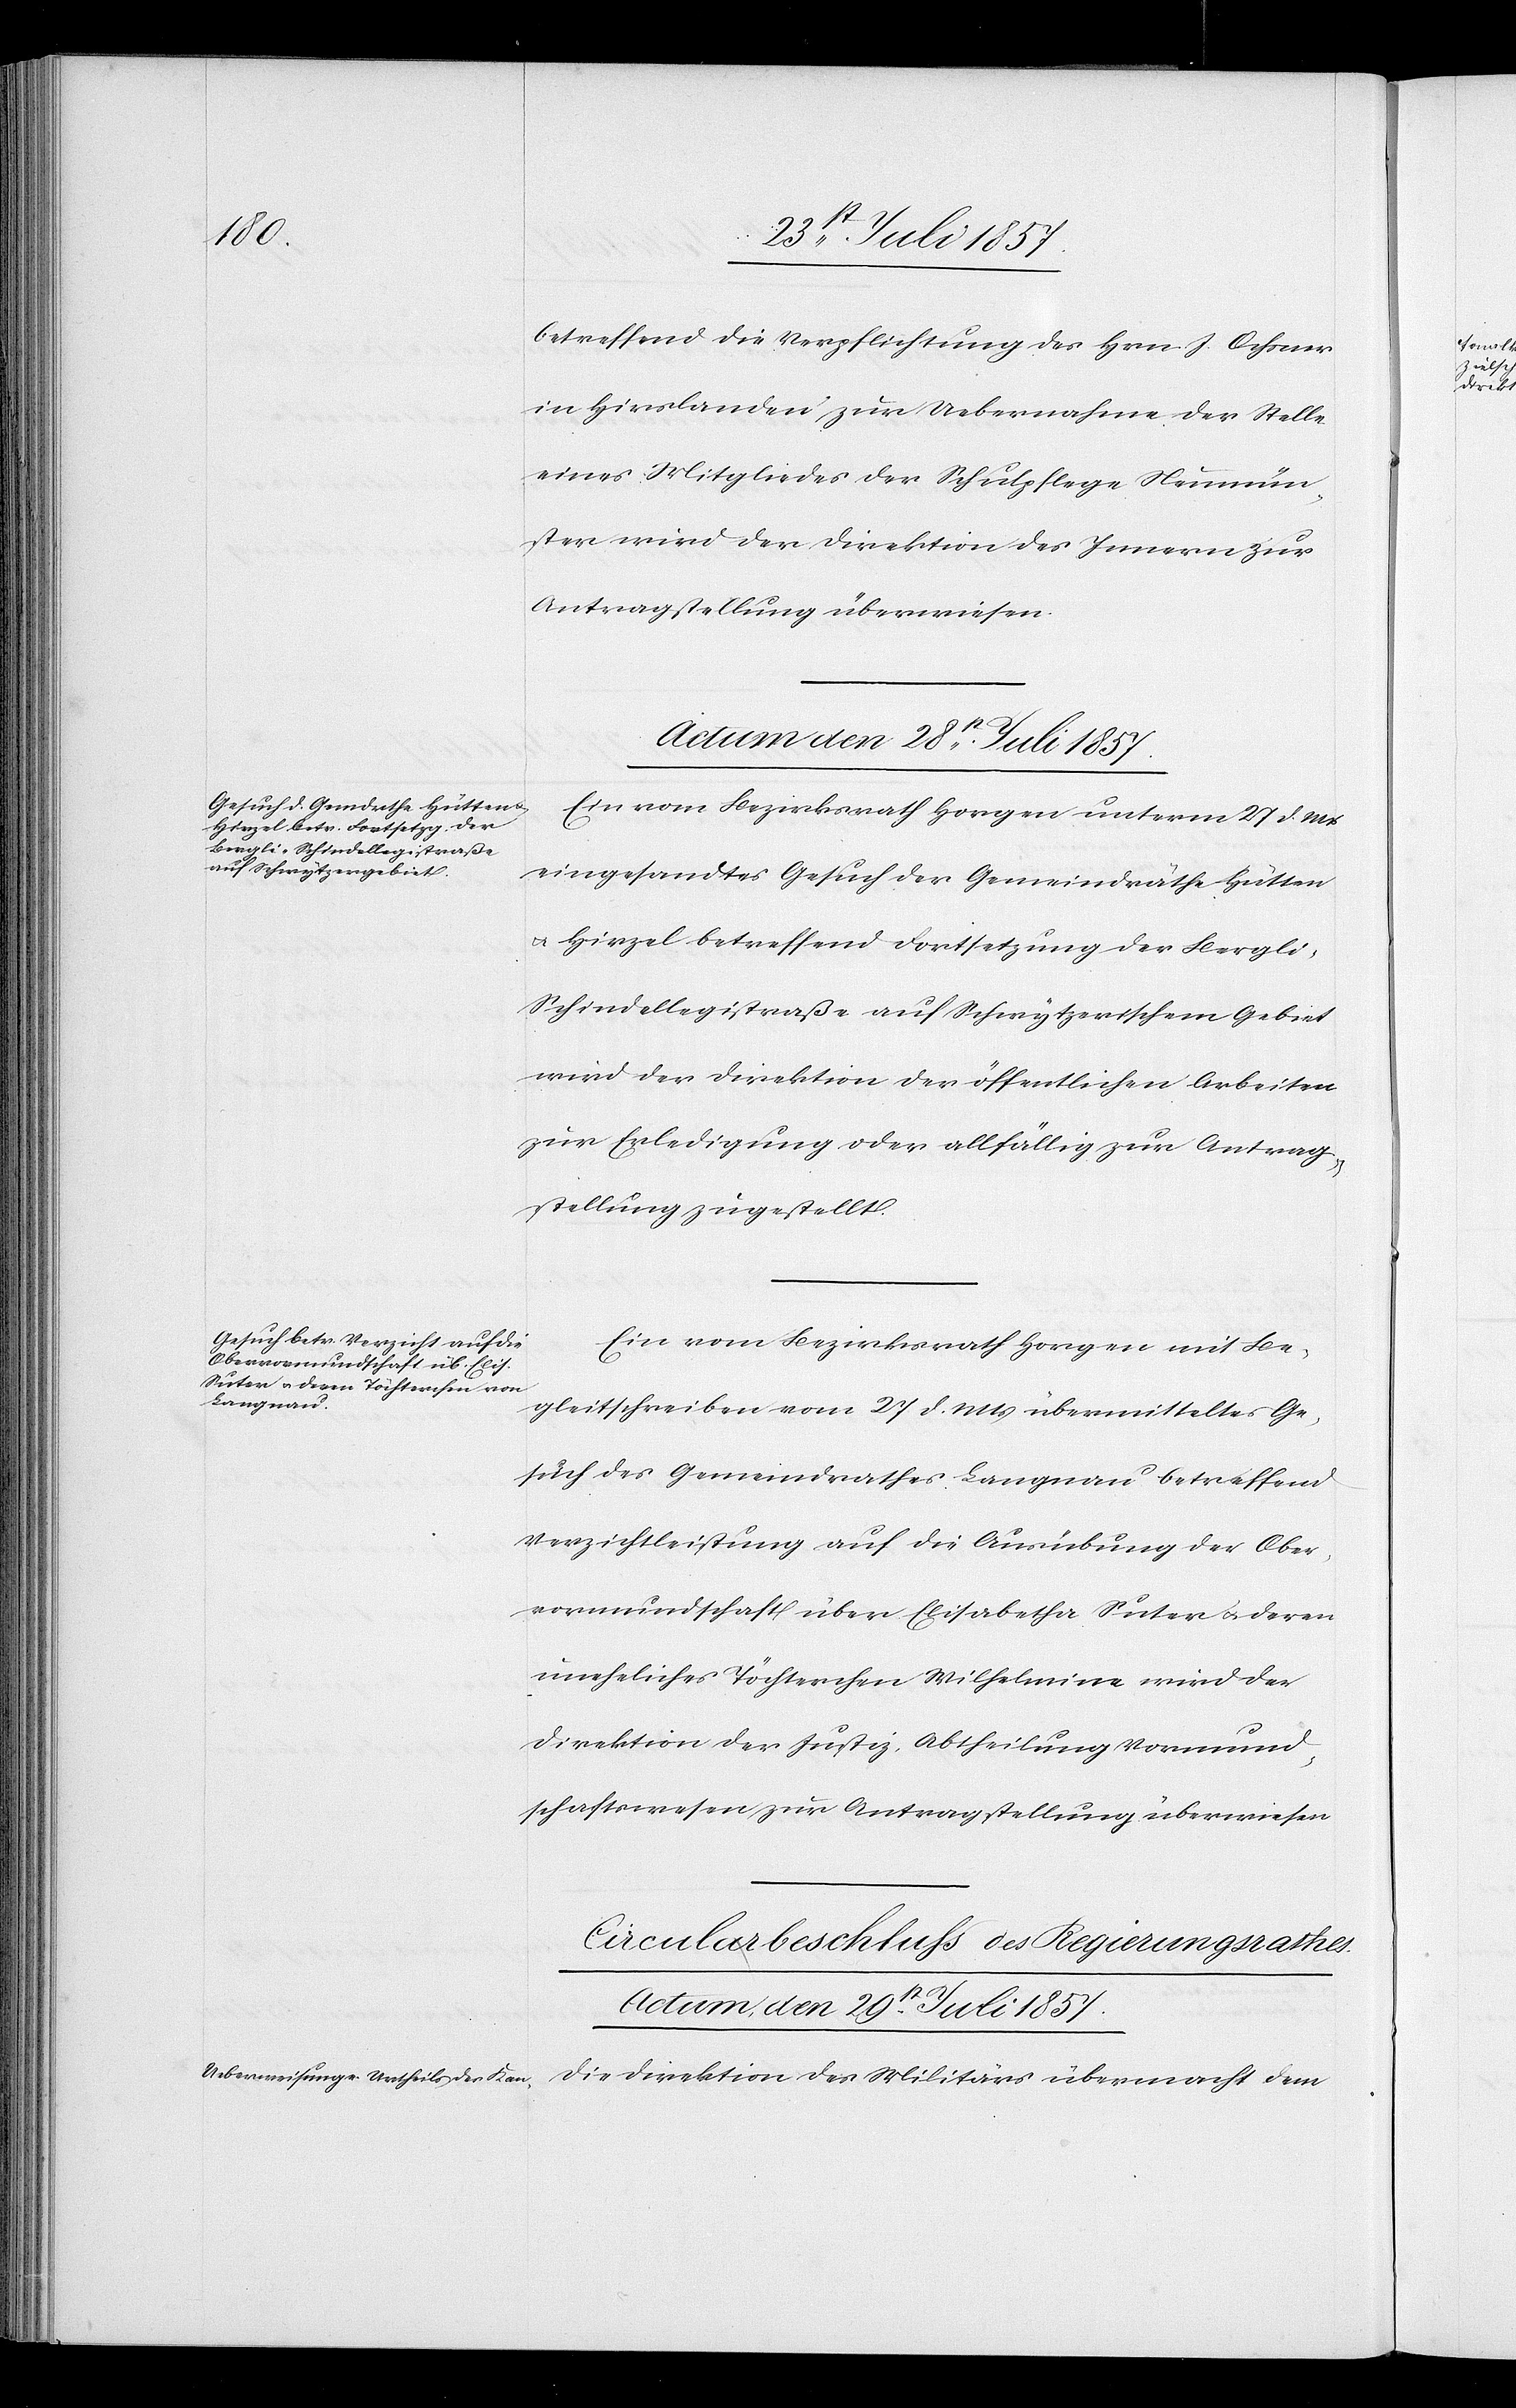
betreffend die Verpflichtung des Hrn. J. Ochsner
in Hirslanden zur Uebernahme der Stelle
eines Mitgliedes der Schulpflege Neumün¬
ster wird der Direktion des Innern zur
Antragstellung überwiesen.
Actum den 28t Juli 1857.]
Ein vom Bezirksrath Horgen unterm 27 d. Mts.
eingesandtes Gesuch der Gemeindräthe Hütten
& Hirzel betreffend Fortsetzung der Bergli-S¬
chindellegistraße auf Schwytzerischem Gebiet
wird der Direktion der öffentlichen Arbeiten
zur Erledigung oder allfällig zur Antrag¬
stellung zugestellt.
Ein vom Bezirksrath Horgen mit Be¬
gleitschreiben vom 27 d. Mts. übermitteltes Ge¬
such des Gemeindrathes Langnau betreffend
Verzichtleistung auf die Ausübung der Ober¬
vormundschaft über Elisabetha Suter & deren
uneheliches Töchterchen Wilhelmina wird der
Direktion der Justiz, Abtheilung Vormund¬
schaftswesen zur Antragstellung überwiesen.
Cirkularbeschluß des Regierungsrathes
Actum den 29t Juli 1857.